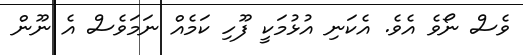
ވެސް ނޯވެ އެވެ. އެކަނި އުޅުމަކީ ފޫހި ކަމެއް ނަމަވެސް އެ ނޫން